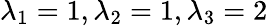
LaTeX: \lambda_{1}=1,\lambda_{2}=1,\lambda_{3}=2